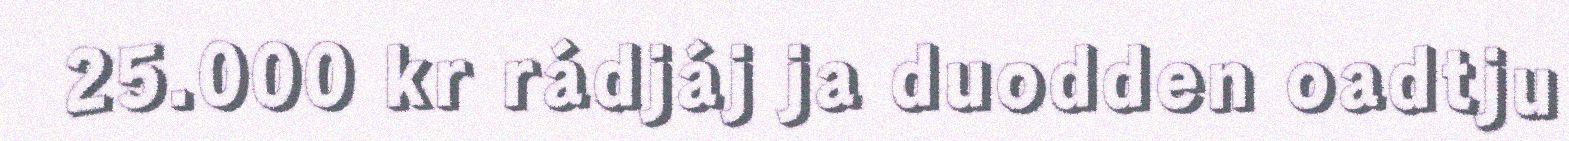
25.000 kr rádjáj ja duodden oadtju